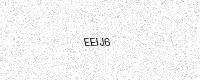
Text: EEIJ6